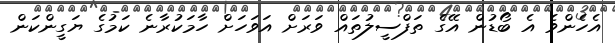
އެހެންވެ އެ ބޯޑުން އޭގެ ތަފްސީލުތައް ވަރަށް އަވަހަށް ހާމަކުރާނެ ކަމުގެ ޔަގީންކަން